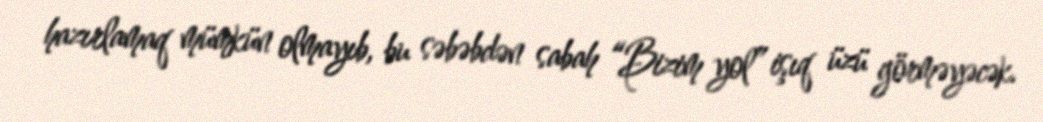
hazırlamaq mümkün olmayıb, bu səbəbdən sabah “Bizim yol” işıq üzü görməyəcək.